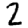
Digit: 2